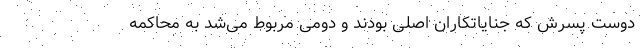
دوست پسرش که جنایاتکاران اصلی بودند و دومی مربوط می‌شد به محاکمه